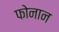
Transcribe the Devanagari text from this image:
फोनान